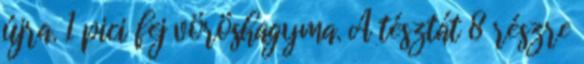
újra. 1 pici fej vöröshagyma. A tésztát 8 részre